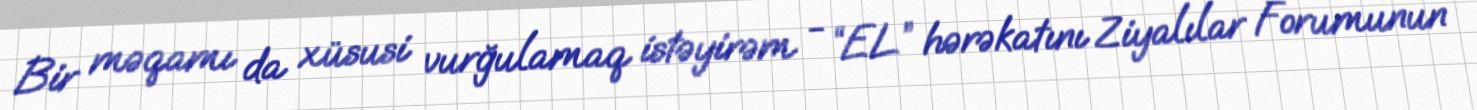
Bir məqamı da xüsusi vurğulamaq istəyirəm - “EL” hərəkatını Ziyalılar Forumunun